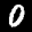
Label: 0